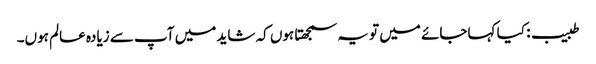
طبیب: کیا کہاجائے میں تو یہ سمجھتا ہوں کہ شاید میں آپ سے زیادہ عالم ہوں۔